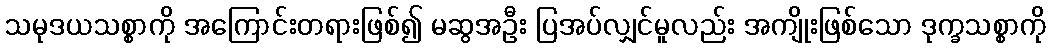
သမုဒယသစ္စာကို အကြောင်းတရားဖြစ်၍ မဆွအဦး ပြအပ်လျှင်မူလည်း အကျိုးဖြစ်သော ဒုက္ခသစ္စာကို